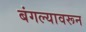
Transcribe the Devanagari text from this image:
बंगल्यावरून